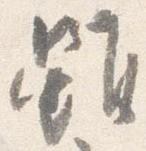
雖